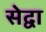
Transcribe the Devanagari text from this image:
सेद्वा